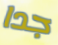
جدا